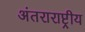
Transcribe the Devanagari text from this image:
अंतराराष्ट्रीय